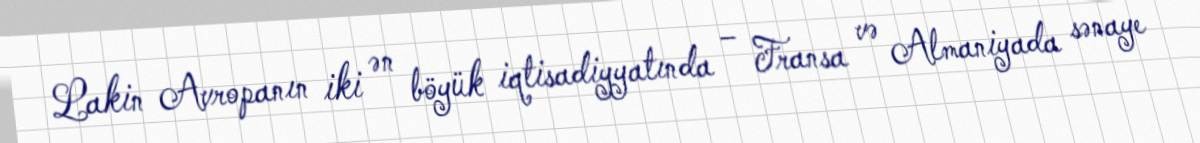
Lakin Avropanın iki ən böyük iqtisadiyyatında – Fransa və Almaniyada sənaye